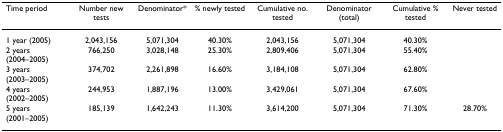
| Time period | Number new tests | Denominator* | % newly tested | Cumulative no. tested | Denominator (total) | Cumulative % tested | Never tested |
 | --- | --- | --- | --- | --- | --- | --- | --- |
 | 1 year (2005) | 2,043,156 | 5,071,304 | 40.30% | 2,043,156 | 5,071,304 | 40.30% |  |
 | 2 years (2004–2005) | 766,250 | 3,028,148 | 25.30% | 2,809,406 | 5,071,304 | 55.40% |  |
 | 3 years (2003–2005) | 374,702 | 2,261,898 | 16.60% | 3,184,108 | 5,071,304 | 62.80% |  |
 | 4 years (2002–2005) | 244,953 | 1,887,196 | 13.00% | 3,429,061 | 5,071,304 | 67.60% |  |
 | 5 years (2001–2005) | 185,139 | 1,642,243 | 11.30% | 3,614,200 | 5,071,304 | 71.30% | 28.70% |